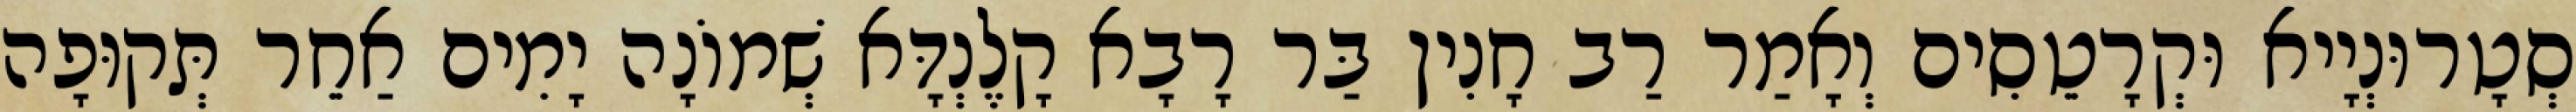
סְטָרוּנְיָיא וּקְרָטֵסִים וְאָמַר רַב חָנִין בַּר רָבָא קָלֶנְדָּא שְׁמוֹנָה יָמִים אַחֵר תְּקוּפָה